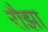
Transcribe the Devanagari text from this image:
रौझा